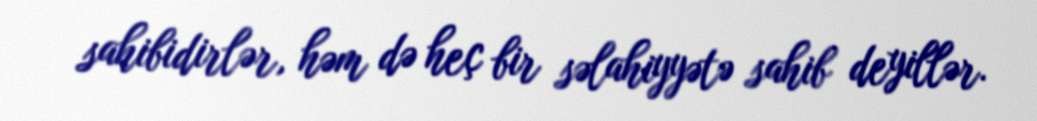
sahibidirlər, həm də heç bir səlahiyyətə sahib deyillər.